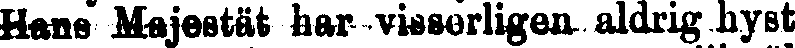
Hans Majestät har visserligen aldrig hyst